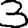
Digit: 3